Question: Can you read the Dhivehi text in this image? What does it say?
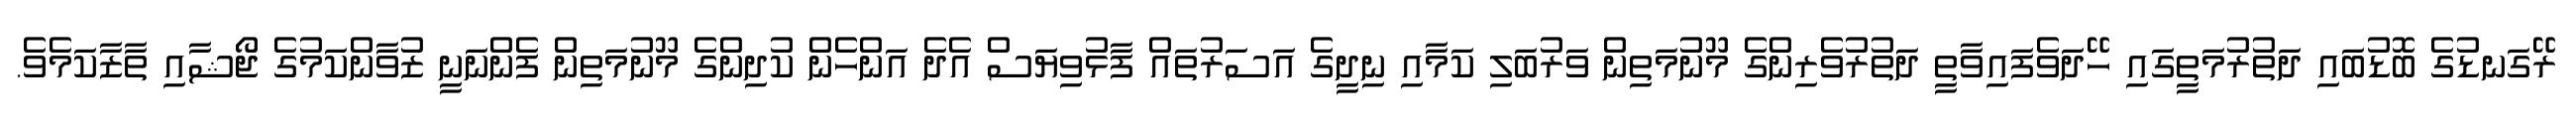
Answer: ރޭގަނޑުގެ ބޮޑުބައި ދަތުރުމަތީގައި ހޭދަވެފައިވާތީ ދަތުރުވެރިންގެ މޫނުމަތިން ވަރުބަލި ކަމާއި ނިދީގެ އަސަރުތައް ފާޅުވިޔަސް އެދެ އަންހެން ކުދިންގެ މޫނުމަތިން ފެންނަނީ ޒުވާންކަމުގެ ޖޯޝާއި ތާޒާކަމެވެ.